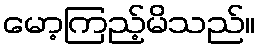
မော့ကြည့်မိသည်။